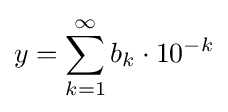
y=\sum _{k=1}^{\infty }b_{k}\cdot 10^{-k}